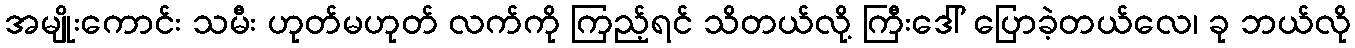
အမျိုးကောင်း သမီး ဟုတ်မဟုတ် လက်ကို ကြည့်ရင် သိတယ်လို့ ကြီးဒေါ် ပြောခဲ့တယ်လေ၊ ခု ဘယ်လို